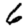
Digit: 6